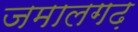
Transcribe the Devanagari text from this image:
जमालगढ़